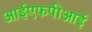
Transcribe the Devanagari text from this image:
आईएफपीआई